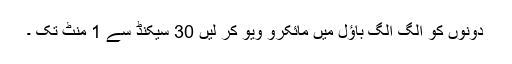
دونوں کو الگ الگ باؤل میں مائکرو ویو کر لیں 30 سیکنڈ سے 1 منٹ تک ۔